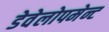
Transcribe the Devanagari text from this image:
डेवेलोपमेन्ट